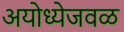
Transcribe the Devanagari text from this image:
अयोध्येजवळ